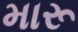
મારૂ